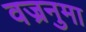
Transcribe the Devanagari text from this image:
वज्रनुमा